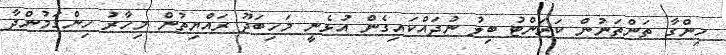
ހިންގާ ތަންތަނުން ކަރަންޓު ބިލު ނުދައްކައިގެން އުޅެނީ މަހިބަދޫ ރައްޔިތުން މިހާރު ހިންގަމުންދާ